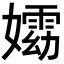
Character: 𡢵